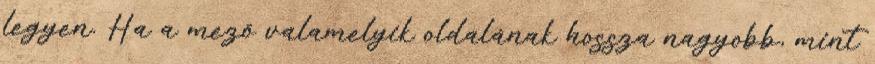
legyen. Ha a mező valamelyik oldalának hossza nagyobb, mint